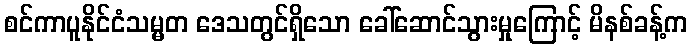
စင်ကာပူနိုင်ငံသမ္မတ ဒေသတွင်ရှိသော ခေါ်ဆောင်သွားမှုကြောင့် မိနစ်ခန့်က